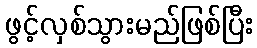
ဖွင့်လှစ်သွားမည်ဖြစ်ပြီး